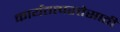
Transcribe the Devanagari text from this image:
कार्यतत्परतेसाठी